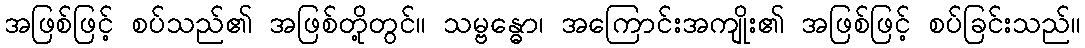
အဖြစ်ဖြင့် စပ်သည်၏ အဖြစ်တို့တွင်။ သမ္ဗန္ဓော၊ အကြောင်းအကျိုး၏ အဖြစ်ဖြင့် စပ်ခြင်းသည်။